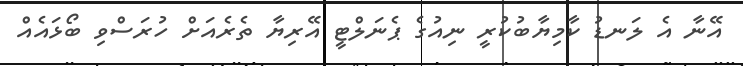
އޭނާ އެ ލަނޑު ކާމިޔާބުކުރީ ނިއުގެ ޕެނަލްޓީ އޭރިޔާ ތެރެއަށް ހުރަސްވި ބޯޅައެއް